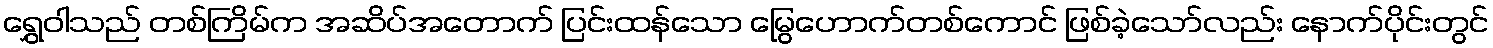
ရွှေဝါသည် တစ်ကြိမ်က အဆိပ်အတောက် ပြင်းထန်သော မြွေဟောက်တစ်ကောင် ဖြစ်ခဲ့သော်လည်း နောက်ပိုင်းတွင်